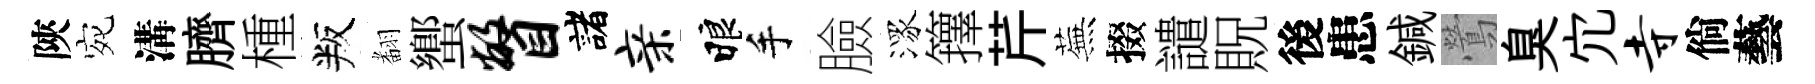
陝宛溝臍㮔叛𮋒蠁瞥諸亲睱手臉潈籜芹蕪掇譴貺後患鍼鶯臭宂寺倘藝